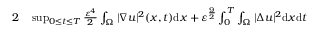
\begin{array} { r l } { { 2 } } & { { } \operatorname* { s u p } _ { 0 \leq t \leq T } \frac { \varepsilon ^ { 4 } } { 2 } \int _ { \Omega } | \nabla u | ^ { 2 } ( x , t ) \mathrm { d } x + \varepsilon ^ { \frac { 9 } { 2 } } \int _ { 0 } ^ { T } \int _ { \Omega } | \Delta u | ^ { 2 } \mathrm { d } x \mathrm { d } t } \end{array}